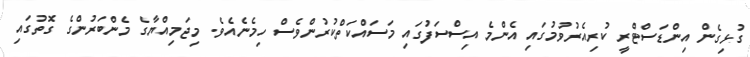
ގުޅިގެން އިންޑަސްޓްރީ ކުރިއެރުވުުމުގައި އެންމެ އިސްސަފުގައި މަސައްކަތްކުރުންވެސް ހިމެނެއެވެ. މިޖަމިއްޔާގެ މެންބަރުންގެ ގޮތުގައި